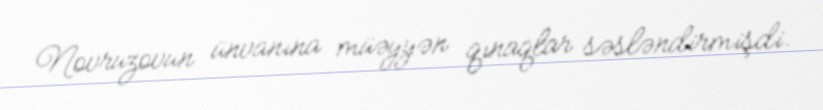
Novruzovun ünvanına müəyyən qınaqlar səsləndirmişdi.